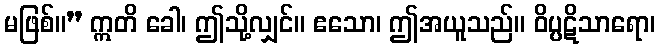
မဖြစ်။” ဣတိ ခေါ၊ ဤသို့လျှင်။ ဧသော၊ ဤအယူသည်။ ဝိပ္ပဋိသာရော၊